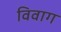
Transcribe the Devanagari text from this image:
विवाग